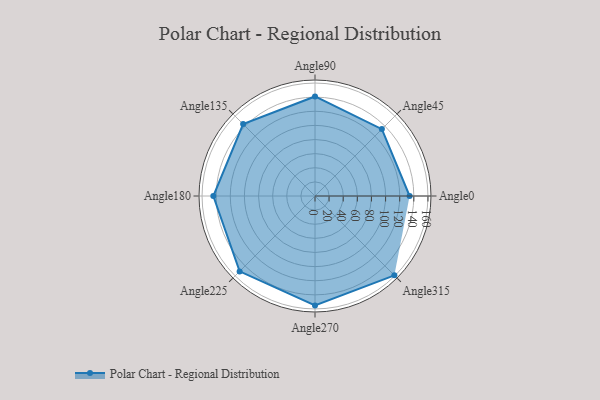
{"axis": {"x": "Angle", "y": "Radius"}, "legend": [""], "data": [{"x": "Angle0", "y": 134.0, "type": ""}, {"x": "Angle45", "y": 134.0, "type": ""}, {"x": "Angle90", "y": 141.0, "type": ""}, {"x": "Angle135", "y": 144.0, "type": ""}, {"x": "Angle180", "y": 144.0, "type": ""}, {"x": "Angle225", "y": 151.0, "type": ""}, {"x": "Angle270", "y": 155.0, "type": ""}, {"x": "Angle315", "y": 159.0, "type": ""}]}